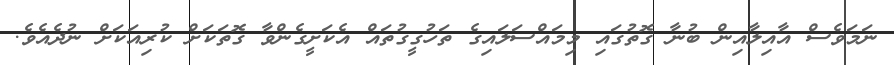
ނަމަވެސް އާއިލާއިން ބުނާ ގޮތުގައި މިމައްސަލައިގެ ތަހުގީގުތައް އެކަށީގެންވާ ގޮތަކަށް ކުރިއަކަށް ނުދެއެވެ.